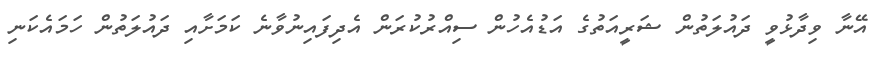
އޭނާ ވިދާޅުވީ ދައުލަތުން ޝަރީއަތުގެ އަޑުއެހުން ސިއްރުކުރަން އެދިފައިނުވާނެ ކަމަށާއި ދައުލަތުން ހަމައެކަނި